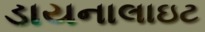
ડાયનાલાઇટ